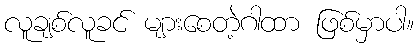
လူချစ်လူခင် များစေတဲ့ဂါထာ ဖြစ်မှာပါ။